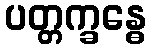
ပတ္တက္ခန္ဓေ